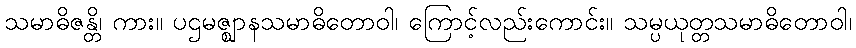
သမာဓိဇန္တိ၊ ကား။ ပဌမဇ္ဈာနသမာဓိတောဝါ၊ ကြောင့်လည်းကောင်း။ သမ္ပယုတ္တသမာဓိတောဝါ၊